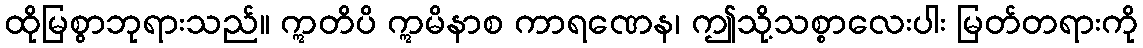
ထိုမြစွာဘုရားသည်။ ဣတိပိ ဣမိနာစ ကာရဏေန၊ ဤသို့သစ္စာလေးပါး မြတ်တရားကို